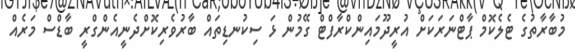
މުބާރާތުގެ ޓެލެކޮމް ޕާޓްނަރަކަށް އުރީދޫމައިންކްރާފްޓް ގޭމުން ޅަ ސިކުނޑިތައް ބާރުވެރިކޮށްދެނީއެންގްރީ ބާޑްސް މަރެއް